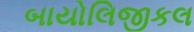
બાયોલિજીકલ